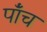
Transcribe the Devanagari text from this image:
पाँंच